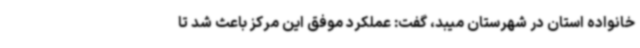
خانواده استان در شهرستان میبد، گفت: عملکرد موفق این مرکز باعث شد تا